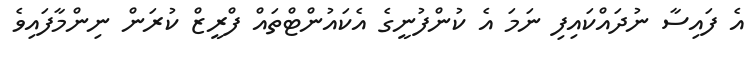
އެ ފައިސާ ނުދައްކައިފި ނަމަ އެ ކުންފުނީގެ އެކައުންޓްތައް ފްރީޒް ކުރަން ނިންމާފައިވެ